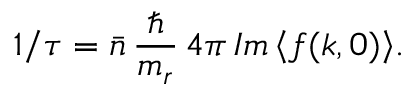
1 / \tau = \bar { n } \, \frac { \hbar } { m _ { r } } \, 4 \pi \, I m \left\langle f ( k , 0 ) \right\rangle \! .